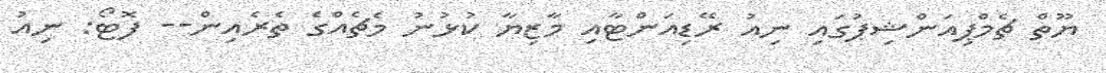
ޔޫތް ޗެމްޕިއަންޝިޕުގައި ނިއު ރޭޑިއަންޓާއި މާޒިޔާ ކުޅުނު މެޗެއްގެ ތެރެއިން-- ފޮޓޯ: ނިއު